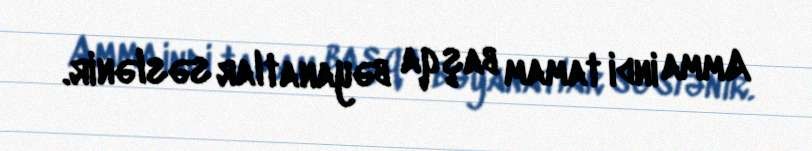
Amma indi tamam başqa bəyanatlar səslənir.